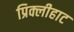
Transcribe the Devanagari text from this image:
प्रिक्लीहाट